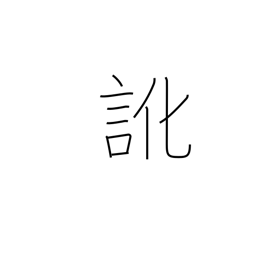
Meaning: dialect